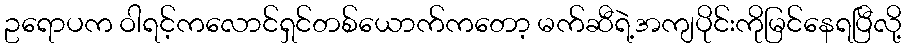
ဥရောပက ဝါရင့်ကလောင်ရှင်တစ်ယောက်ကတော့ မက်ဆီရဲ့အကျပိုင်းကိုမြင်နေရပြီလို့